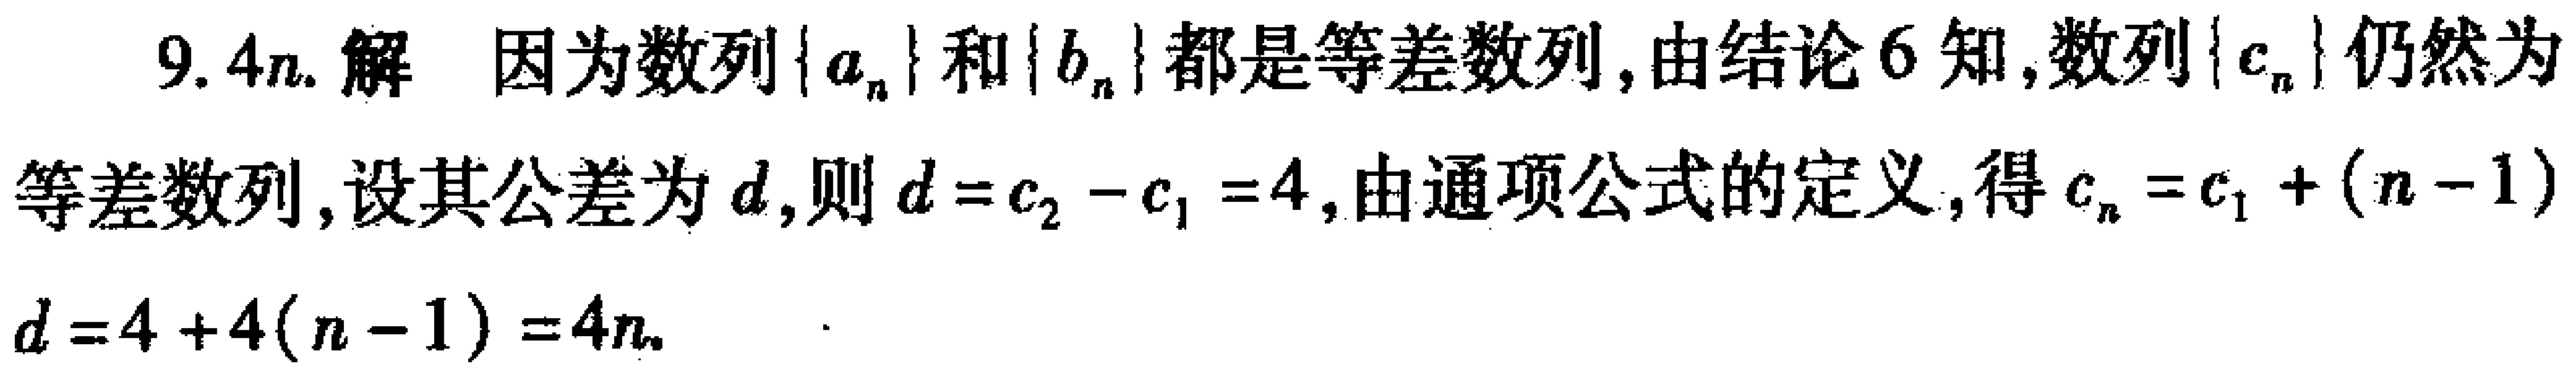
9. \(4n\). 解 因为数列\(\{a_{n}\}\)和\(\{b_{n}\}\)都是等差数列, 由结论6知, 数列\(\{c_{n}\}\)仍然为等差数列, 设其公差为\(d\), 则\(d = c_{2}-c_{1}=4\), 由通项公式的定义, 得\(c_{n}=c_{1}+(n - 1)d = 4 + 4(n - 1)=4n\).